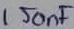
Text: 150nF